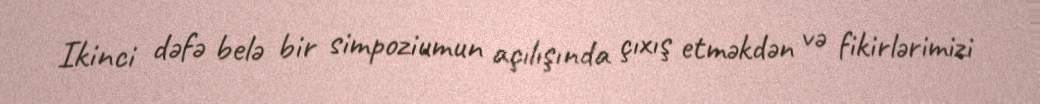
Ikinci dəfə belə bir simpoziumun açılışında çıxış etməkdən və fikirlərimizi